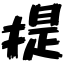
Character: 提